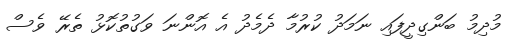
މުދިމު ބަންގިދީފައި ނަމަދު ކުރުމާ ދެމެދު އެ އޮންނަ ވަގުތުކޮޅު ތެރޭ ވެސް